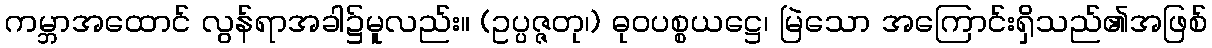
ကမ္ဘာအထောင် လွန်ရာအခါ၌မူလည်း။ (ဥပ္ပဇ္ဇတု၊) ဓုဝပစ္စယဋ္ဌေ၊ မြဲသော အကြောင်းရှိသည်၏အဖြစ်